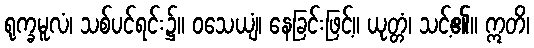
ရုက္ခမူလံ၊ သစ်ပင်ရင်း၌။ ဝသေယျံ၊ နေခြင်းဖြင့်။ ယုတ္တံ၊ သင့်၏။ ဣတိ၊